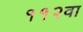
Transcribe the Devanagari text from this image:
११२वा